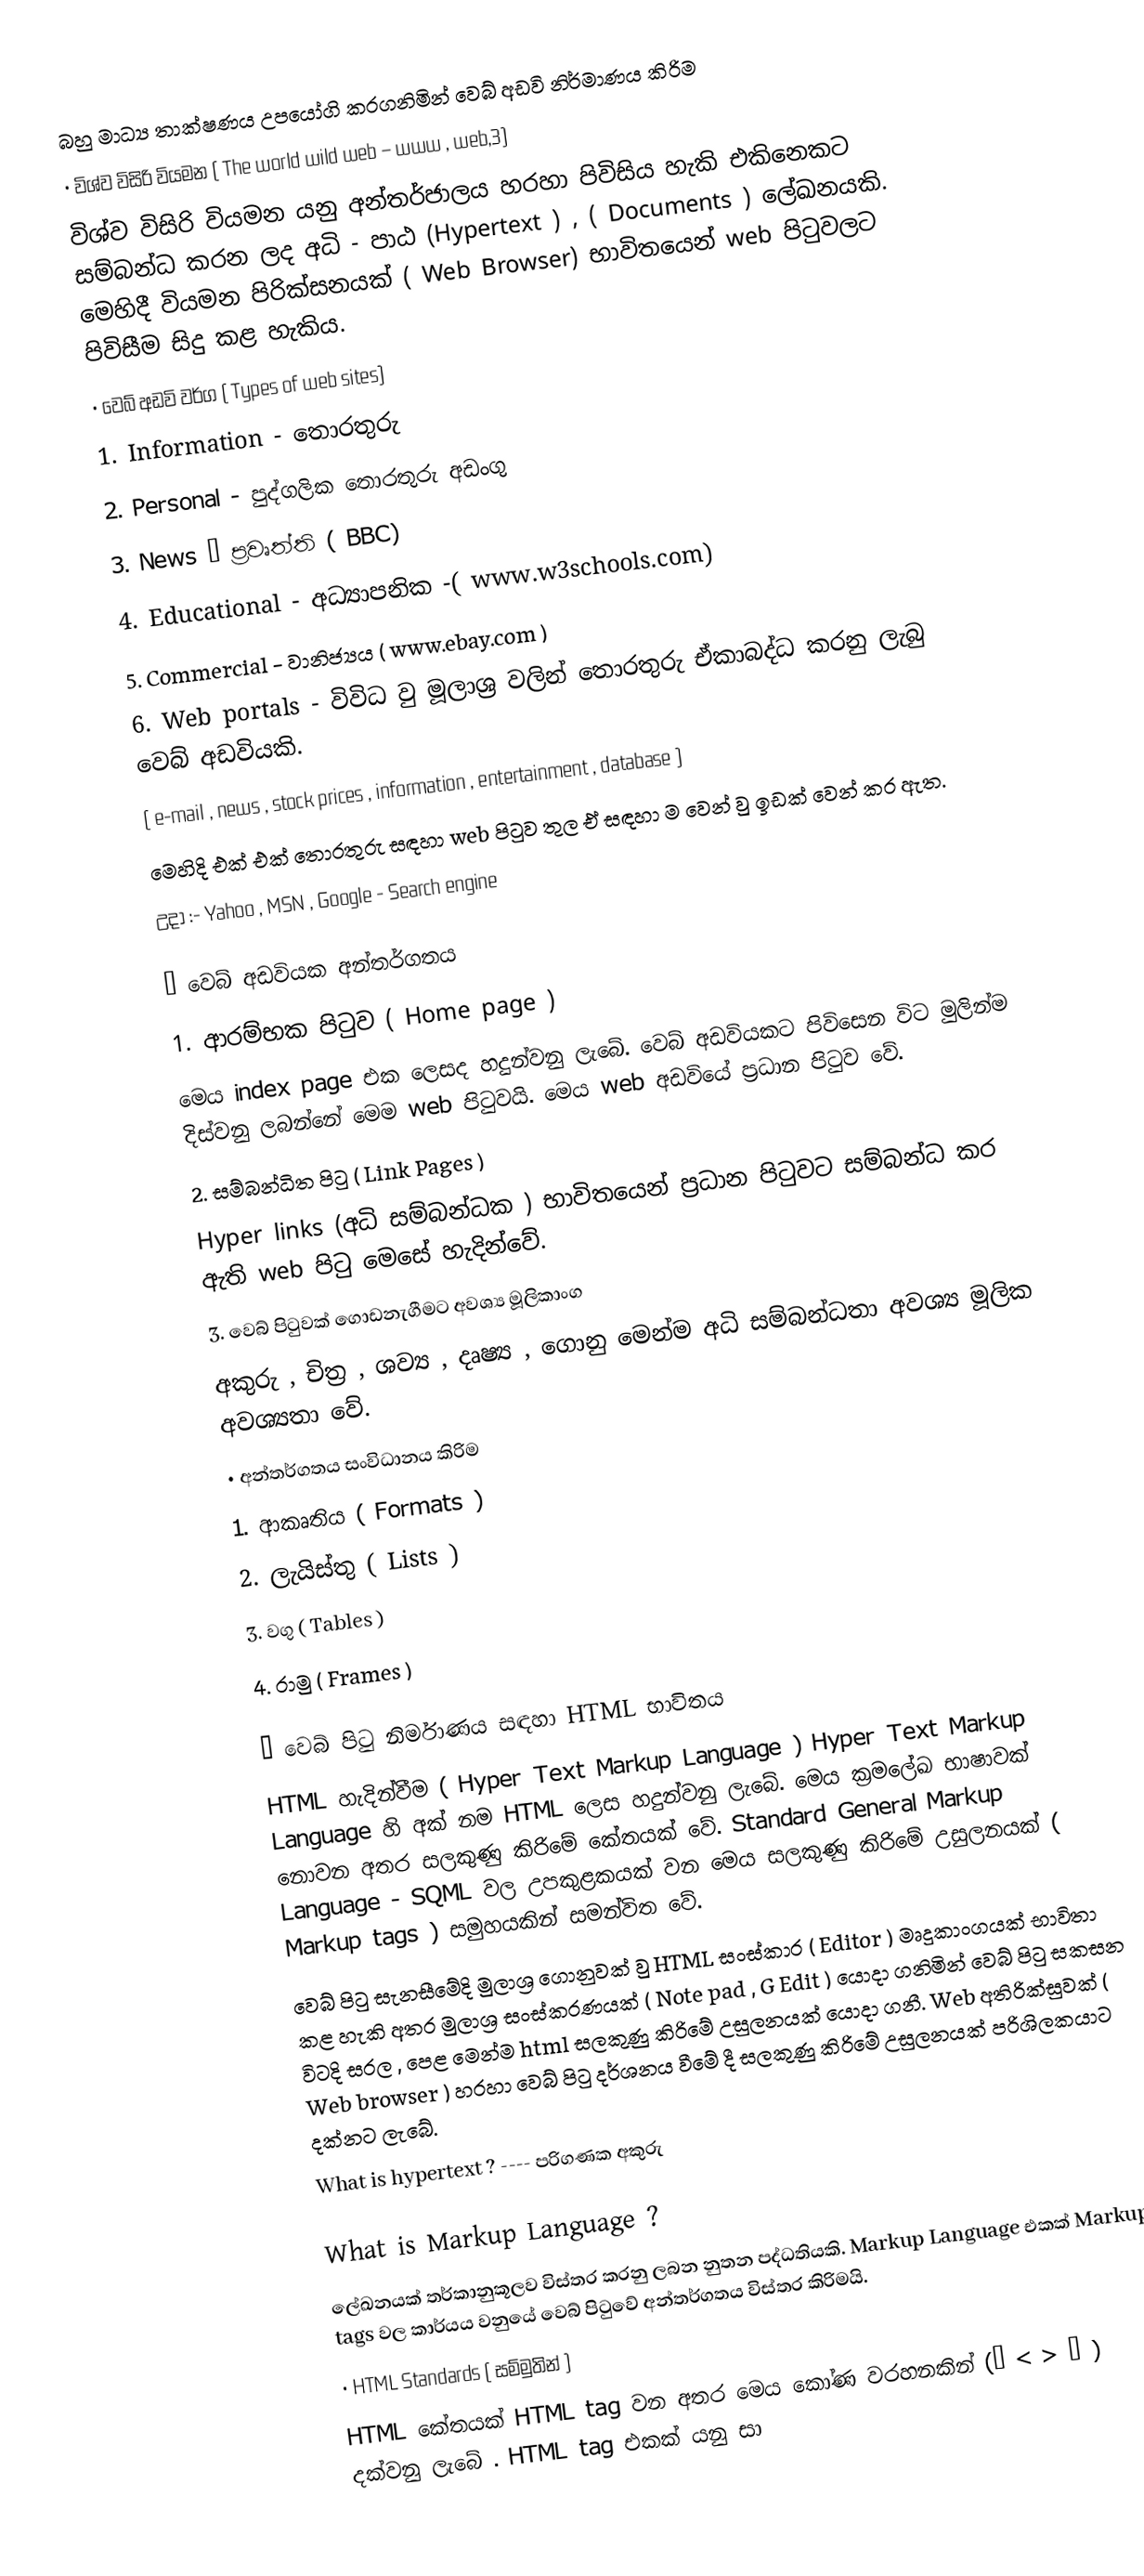
බහු මාධ්‍ය තාක්ෂණය උපයෝගි කරගනිමින් වෙබ් අඩවි නිර්මාණය කිරිම
•	විශ්ව විසිරි වියමන ( The world wild web – www , web,3)
විශ්ව විසිරි වියමන යනු අන්තර්ජාලය හරහා පිවිසිය හැකි එකිනෙකට සම්බන්ධ කරන ලද අධි - පාඨ (Hypertext ) , ( Documents ) ලේඛනයකි. මෙහිදී වියමන පිරික්සනයක් ( Web Browser) භාවිතයෙන් web පිටුවලට පිවිසීම සිදු කළ හැකිය.
•	වෙබ් අඩවි වර්ග ( Types of web sites)
1.	Information  - තොරතුරු
2.	Personal - පුද්ගලික තොරතුරු අඩංගු
3.	News –  ප්‍රවෘත්ති ( BBC)
4.	Educational - අධ්‍යාපනික -( www.w3schools.com)
5.	Commercial - වානිජ්‍යය ( www.ebay.com )
6.	Web portals - විවිධ වු මූලාශ්‍ර වලින් තොරතුරු ඒකාබද්ධ කරනු ලැබු වෙබ් අඩවියකි.
( e-mail , news , stock prices , information , entertainment , database )
මෙහිදි එක් එක් තොරතුරු සඳහා web  පිටුව තුල ඒ සඳහා ම වෙන් වු  ඉඩක් වෙන් කර ඇත.
		උදා :-    Yahoo   ,   MSN   , Google   - Search engine

•	 වෙබ් අඩවියක අන්තර්ගතය
1.	ආරම්භක පිටුව ( Home page )
මෙය index page එක ලෙසද හදුන්වනු ලැබේ. වෙබ් අඩවියකට පිවිසෙන විට මුලින්ම දිස්වනු ලබන්නේ මෙම web පිටුවයි. මෙය web අඩවියේ ප්‍රධාන පිටුව වේ.
2.	සම්බන්ධිත පිටු ( Link Pages )
Hyper links (අධි සම්බන්ධක ) භාවිතයෙන් ප්‍රධාන පිටුවට සම්බන්ධ කර ඇති web පිටු මෙසේ හැදින්වේ.
3.	 වෙබ් පිටුවක් ගොඩනැගීමට අවශ්‍ය මූලිකාංග
අකුරු , චිත්‍ර , ශව්‍ය , දෘෂ්‍ය , ගොනු මෙන්ම අධි සම්බන්ධතා අවශ්‍ය මූලික අවශ්‍යතා වේ.
•	අන්තර්ගතය සංවිධානය කිරිම
1.	ආකෘතිය ( Formats )
2.	ලැයිස්තු ( Lists )
3.	වගු ( Tables )
4.	රාමු ( Frames )

•	වෙබ් පිටු නිර්මාණය සඳහා HTML භාවිතය
HTML   හැදින්වීම ( Hyper Text Markup Language )    Hyper Text Markup Language හි අක් නම HTML  ලෙස හදුන්වනු ලැබේ.  මෙය ක්‍රමලේඛ භාෂාවක් නොවන අතර සලකුණු කිරිමේ කේතයක් වේ. Standard General Markup Language - SQML  වල උපකුළකයක් වන මෙය සලකුණු කිරිමේ උසුලනයක් ( Markup tags ) සමුහයකින් සමන්විත වේ.
				වෙබ් පිටු සැනසීමේදි මුලාශ්‍ර ගොනුවක් වු HTML  සංස්කාර ( Editor ) මෘදුකාංගයක් භාවිතා කළ හැකි අතර මුලාශ්‍ර සංස්කරණයක් ( Note pad , G Edit ) යොදා ගනිමින් වෙබ් පිටු සකසන විටදි  සරල , පෙළ මෙන්ම html සලකුණු කිරිමේ උසුලනයක් යොදා ගනී. Web අතිරික්සුවක් ( Web browser ) හරහා වෙබ් පිටු දර්ශනය වීමේ දී සලකුණු කිරිමේ උසුලනයක් පරිශිලකයාට දක්නට ලැබේ.
What is hypertext ?  ---- පරිගණක අකුරු

What is Markup Language ?
ලේඛනයක් තර්කානුකූලව විස්තර කරනු ලබන  නුතන පද්ධතියකි. Markup Language එකක්  Markup tags වල කාර්යය වනුයේ වෙබ් පිටුවේ අන්තර්ගතය විස්තර කිරිමයි.
•	HTML Standards ( සම්මුතින් )
HTML කේතයක් HTML tag  වන අතර මෙය කෝණ වරහනකින් (“ < > “ ) දක්වනු ලැබේ . HTML tag එකක් යනු සා